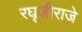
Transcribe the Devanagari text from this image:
रघूजीराजे